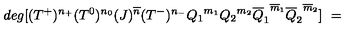
d e g [ ( T ^ { + } ) ^ { n _ { + } } ( T ^ { 0 } ) ^ { n _ { 0 } } ( J ) ^ { \overline { { n } } } ( T ^ { - } ) ^ { n _ { - } } { Q _ { 1 } } ^ { m _ { 1 } } { Q _ { 2 } } ^ { m _ { 2 } } { \overline { { Q } } _ { 1 } } ^ { \overline { { m } } _ { 1 } } { \overline { { Q } } _ { 2 } } ^ { \overline { { m } } _ { 2 } } ] \ =